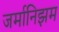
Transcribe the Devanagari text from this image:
जर्मानिझम